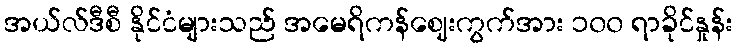
အယ်လ်ဒီစီ နိုင်ငံများသည် အမေရိကန်ဈေးကွက်အား ၁၀၀ ရာခိုင်နှုန်း